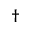
^ \dagger